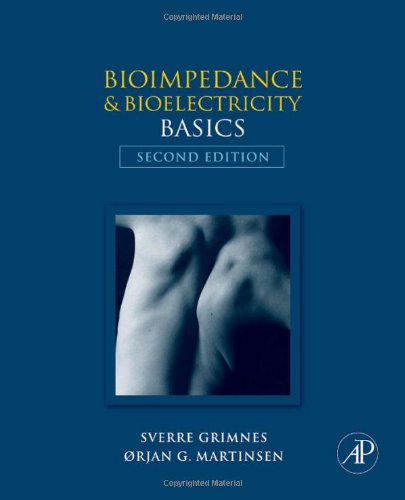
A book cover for Bioimpedance and Bioelectricity Basics, Second Edition; Orjan G. Martinsen; Science & Math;